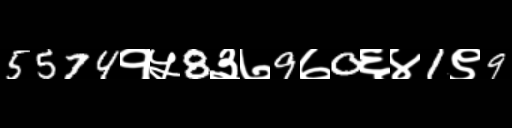
Text: 5574१५8३७9७0६४1९9